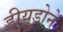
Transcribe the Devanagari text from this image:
डीयूडोने